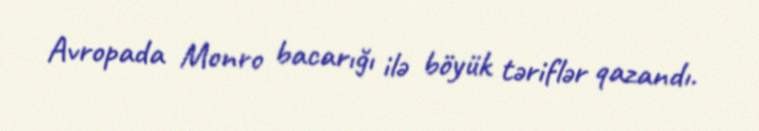
Avropada Monro bacarığı ilə böyük təriflər qazandı.